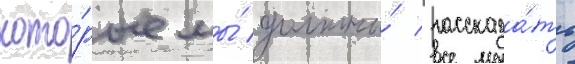
кото́рые мы́ должны́ рассказа́ть